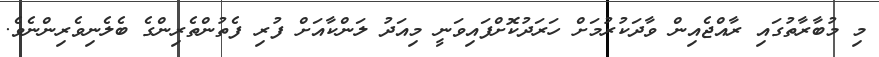
މި މުބާރާތުގައި ރާއްޖެއިން ވާދަކުރުމަށް ހަރަދުކޮށްފައިވަނީ މިއަދު ލަންކާއަށް ފުރި ފެތުންތެރިންގެ ބެލެނިވެރިންނެވެ.